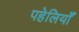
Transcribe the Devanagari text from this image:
पहेलियॉंँ